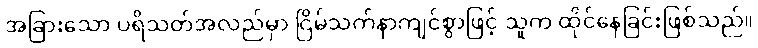
အခြားသော ပရိသတ်အလည်မှာ ငြိမ်သက်နာကျင်စွာဖြင့် သူက ထိုင်နေခြင်းဖြစ်သည်။